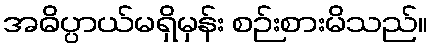
အဓိပ္ပာယ်မရှိမှန်း စဉ်းစားမိသည်။